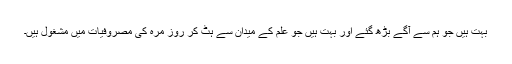
بہت ہیں جو ہم سے آگے بڑھ گئے اور بہت ہیں جو علم کے میدان سے ہٹ کر روز مرہ کی مصروفیات میں مشغول ہیں۔